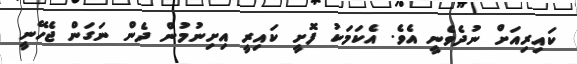
ކައިރިއަށް ނުދެވެނީ އެވެ. އެކަމަކު ފޮށީ ކައިރީ އިށިނުމުން ދެން ނަގަން ޖެހޭނީ